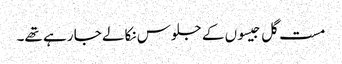
مست گل جیسوں کے جلوس نکالے جا رہے تھے۔